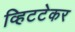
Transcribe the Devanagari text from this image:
व्हिटटेकर